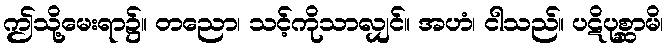
ဤသို့မေးရာ၌။ တညော၊ သင့်ကိုသာလျှင်။ အဟံ၊ ငါသည်။ ပဋိပုစ္ဆာမိ၊